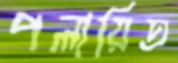
পলায়িত